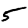
Digit: 5